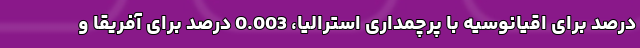
درصد برای اقیانوسیه با پرچمداری استرالیا، 0.003 درصد برای آفریقا و